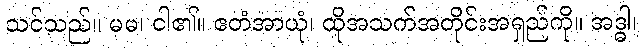
သင်သည်။ မမ၊ ငါ၏။ ဧတံအာယုံ၊ ထိုအသက်အတိုင်းအရှည်ကို။ အဒ္ဓါ၊